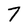
Character: 7